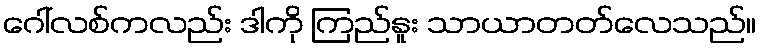
ဂေါ်လစ်ကလည်း ဒါကို ကြည်နူး သာယာတတ်လေသည်။